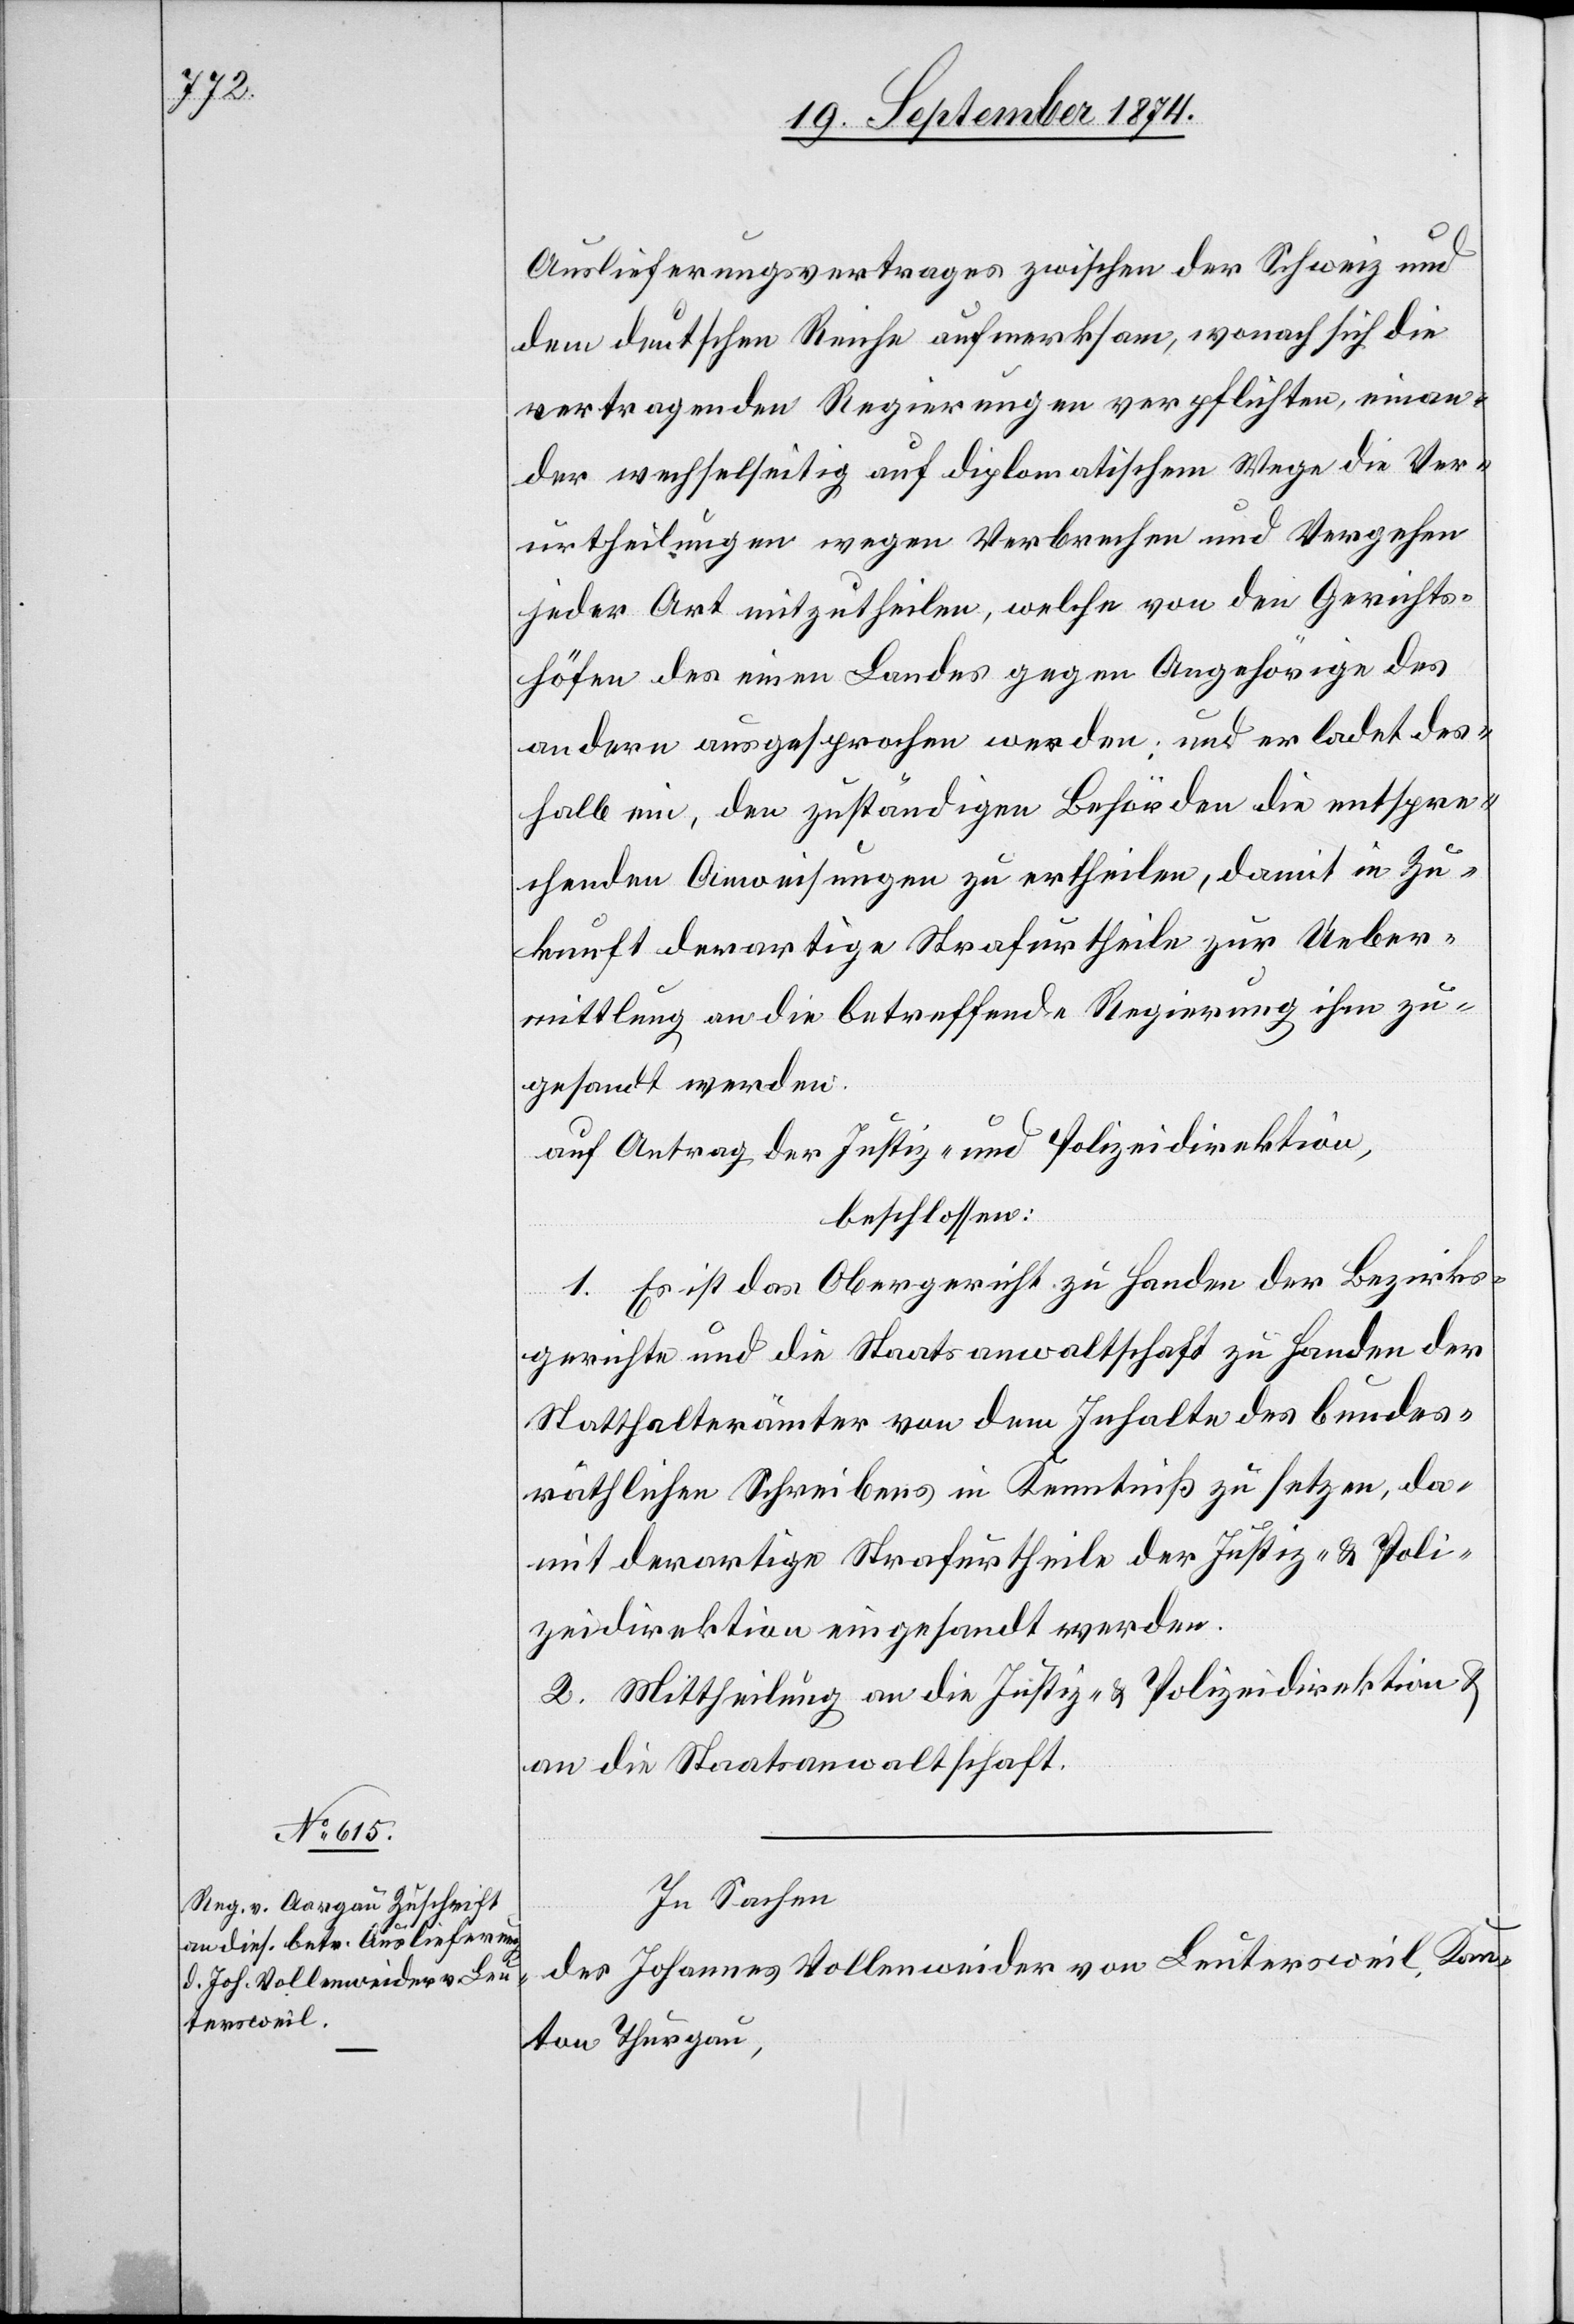
Auslieferungsvertrages zwischen der Schweiz und
dem deutschen Reiche aufmerksam, wonach sich die
vertragenden Regierungen verpflichten, einan¬
der wechselseitig auf diplomatischem Wege die Ver¬
urtheilungen wegen Verbrechen und Vergehen
jeder Art mitzutheilen, welche von den Gerichts¬
höfen des einen Landes gegen Angehörige des
andern ausgesprochen werden; und er ladet des¬
halb ein, den zuständigen Behörden die entspre¬
chenden Anweisungen zu ertheilen, damit in Zu¬
kunft derartige Strafurtheile zur Ueber¬
mittlung an die betreffende Regierung ihm zu¬
gesandt werden.
auf Antrag der Justiz-und Polizeidirektion,
beschlossen:
1. Es ist das Obergericht zu Handen der Bezirks¬
gerichte und die Staatsanwaltschaft zu Handen der
Statthalterämter von dem Inhalte des bundes¬
räthlichen Schreibens in Kenntniß zu setzen, da¬
mit derartige Strafurtheile der Justiz- u. Poli¬
zeidirektion eingesandt werden.
2. Mittheilung an die Justiz- u. Polizeidirektion u.
an die Staatsanwaltschaft.
In Sachen
des Johannes Vollenweider von Leutersweil, Kan¬
ton Thurgau,